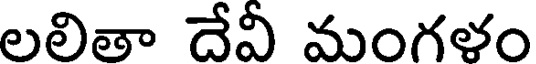
లలితా దేవీ మంగళం